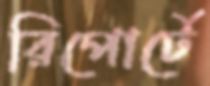
রিপোর্টে